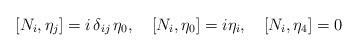
LaTeX: \begin{align*} [N_i,\eta_j] = i\, \delta_{ij}\, \eta_0, \quad [N_i, \eta_0] = i \eta_i,\quad [N_i, \eta_4] =0\end{align*}